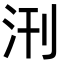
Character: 𭯿